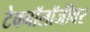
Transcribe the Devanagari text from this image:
टेक्नॉलॉजीवर